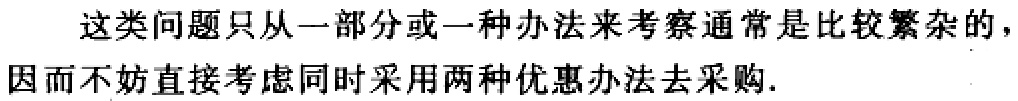
这类问题只从一部分或一种办法来考察通常是比较繁杂的，因而不妨直接考虑同时采用两种优惠办法去采购.